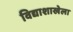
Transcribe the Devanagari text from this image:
विद्याशाखेला